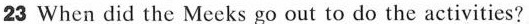
23 When did the Mecks go out to do the activities?